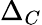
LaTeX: \Delta_{C}